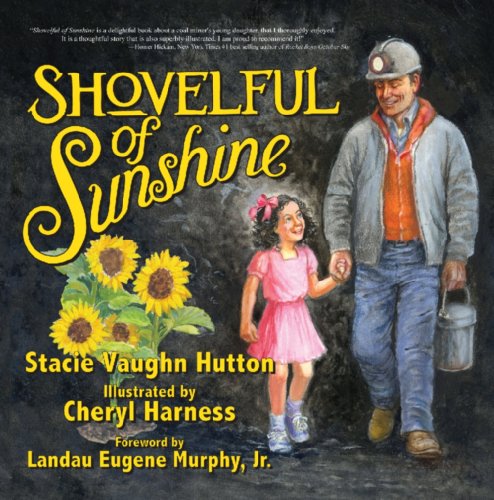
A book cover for Shovelful of Sunshine (Mom's Choice Award Recipient); Stacie Vaughn Hutton; Children's Books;